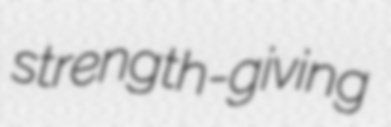
strength-giving